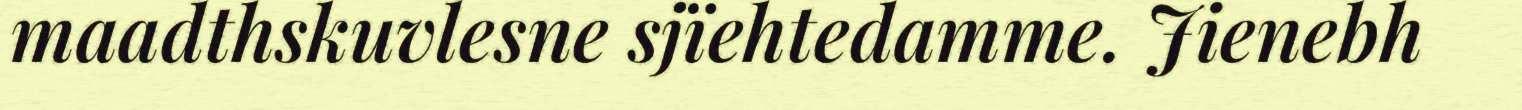
maadthskuvlesne sjïehtedamme. Jienebh